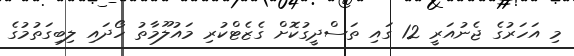
މި އަހަރުގެ ޖެނުއަރީ 12 ގައި ތަސްދީގުކޮށް ގެޒެޓްކުރި މައުލޫމާތު ހޯދައި ލިބިގަތުމުގެ